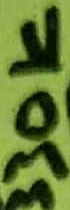
Text: 330K